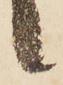
候